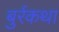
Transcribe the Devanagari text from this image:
बुर्रकथा